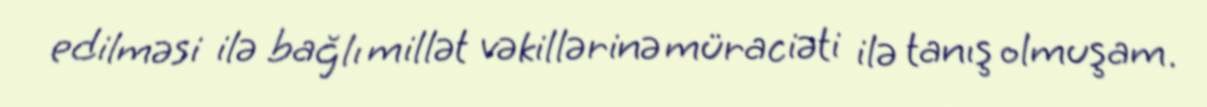
edilməsi ilə bağlı millət vəkillərinə müraciəti ilə tanış olmuşam.